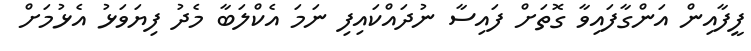
ފީފާއިން އަންގާފައިވާ ގޮތަށް ފައިސާ ނުދައްކައިފި ނަމަ އެކްލަބާ މެދު ފިޔަވަޅު އެޅުމަށް